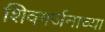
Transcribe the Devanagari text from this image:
शिवगर्जनाच्या